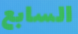
السابع